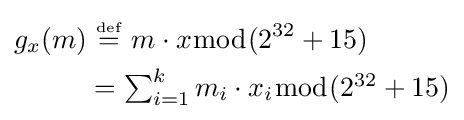
{\begin{aligned}g_{x}(m)&\ {\overset {\underset {\mathrm {def} }{}}{=}}\ m\cdot x{\bmod {(}}2^{32}+15)\\&=\textstyle \sum _{i=1}^{k}m_{i}\cdot x_{i}{\bmod {(}}2^{32}+15)\end{aligned}}